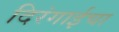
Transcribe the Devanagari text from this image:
दिरंगाईचा